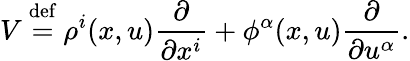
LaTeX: V\ {\stackrel{\mathrm{def}}{=}}\ \rho^{i}(x,u){\frac{\partial}{\partial x^{i}}}+\phi^{\alpha}(x,u){\frac{\partial}{\partial u^{\alpha}}}.